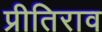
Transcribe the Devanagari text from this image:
प्रीतिराव